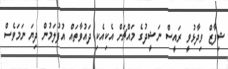
ޝިފާޒް ވިދާޅުވީ ރައީސް ނަޝީދުގެ މައްޗަށް އެކިއެކި ދައުވާތައް އުފުލަމުން ދިޔަ ނަމަވެސް